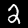
Digit: 2